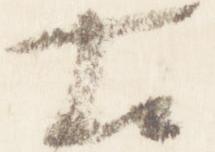
右